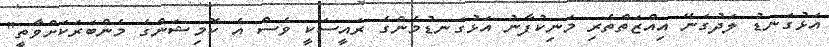
އަޅުގަނޑު ލަދުގަނޭ އިއްޒަތްތެރި މަނިކުފާނު އަޅުގަނޑުމެންގެ ރައީސަކީ ވެސް އެ ކޮމިޝަންގެ މެންބަރަކަށްވާތީ"